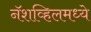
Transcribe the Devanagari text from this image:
नॅशव्हिलमध्ये